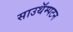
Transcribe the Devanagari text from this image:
साउथॅम्पटन